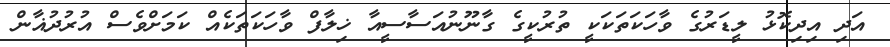
އަދި އިދިކޮޅު ލީޑަރުގެ ވާހަކަތަކަކީ ތުރުކީގެ ގާނޫނުއަސާސީއާ ޚިލާފް ވާހަކަތަކެއް ކަމަށްވެސް އުރުދުޣާން